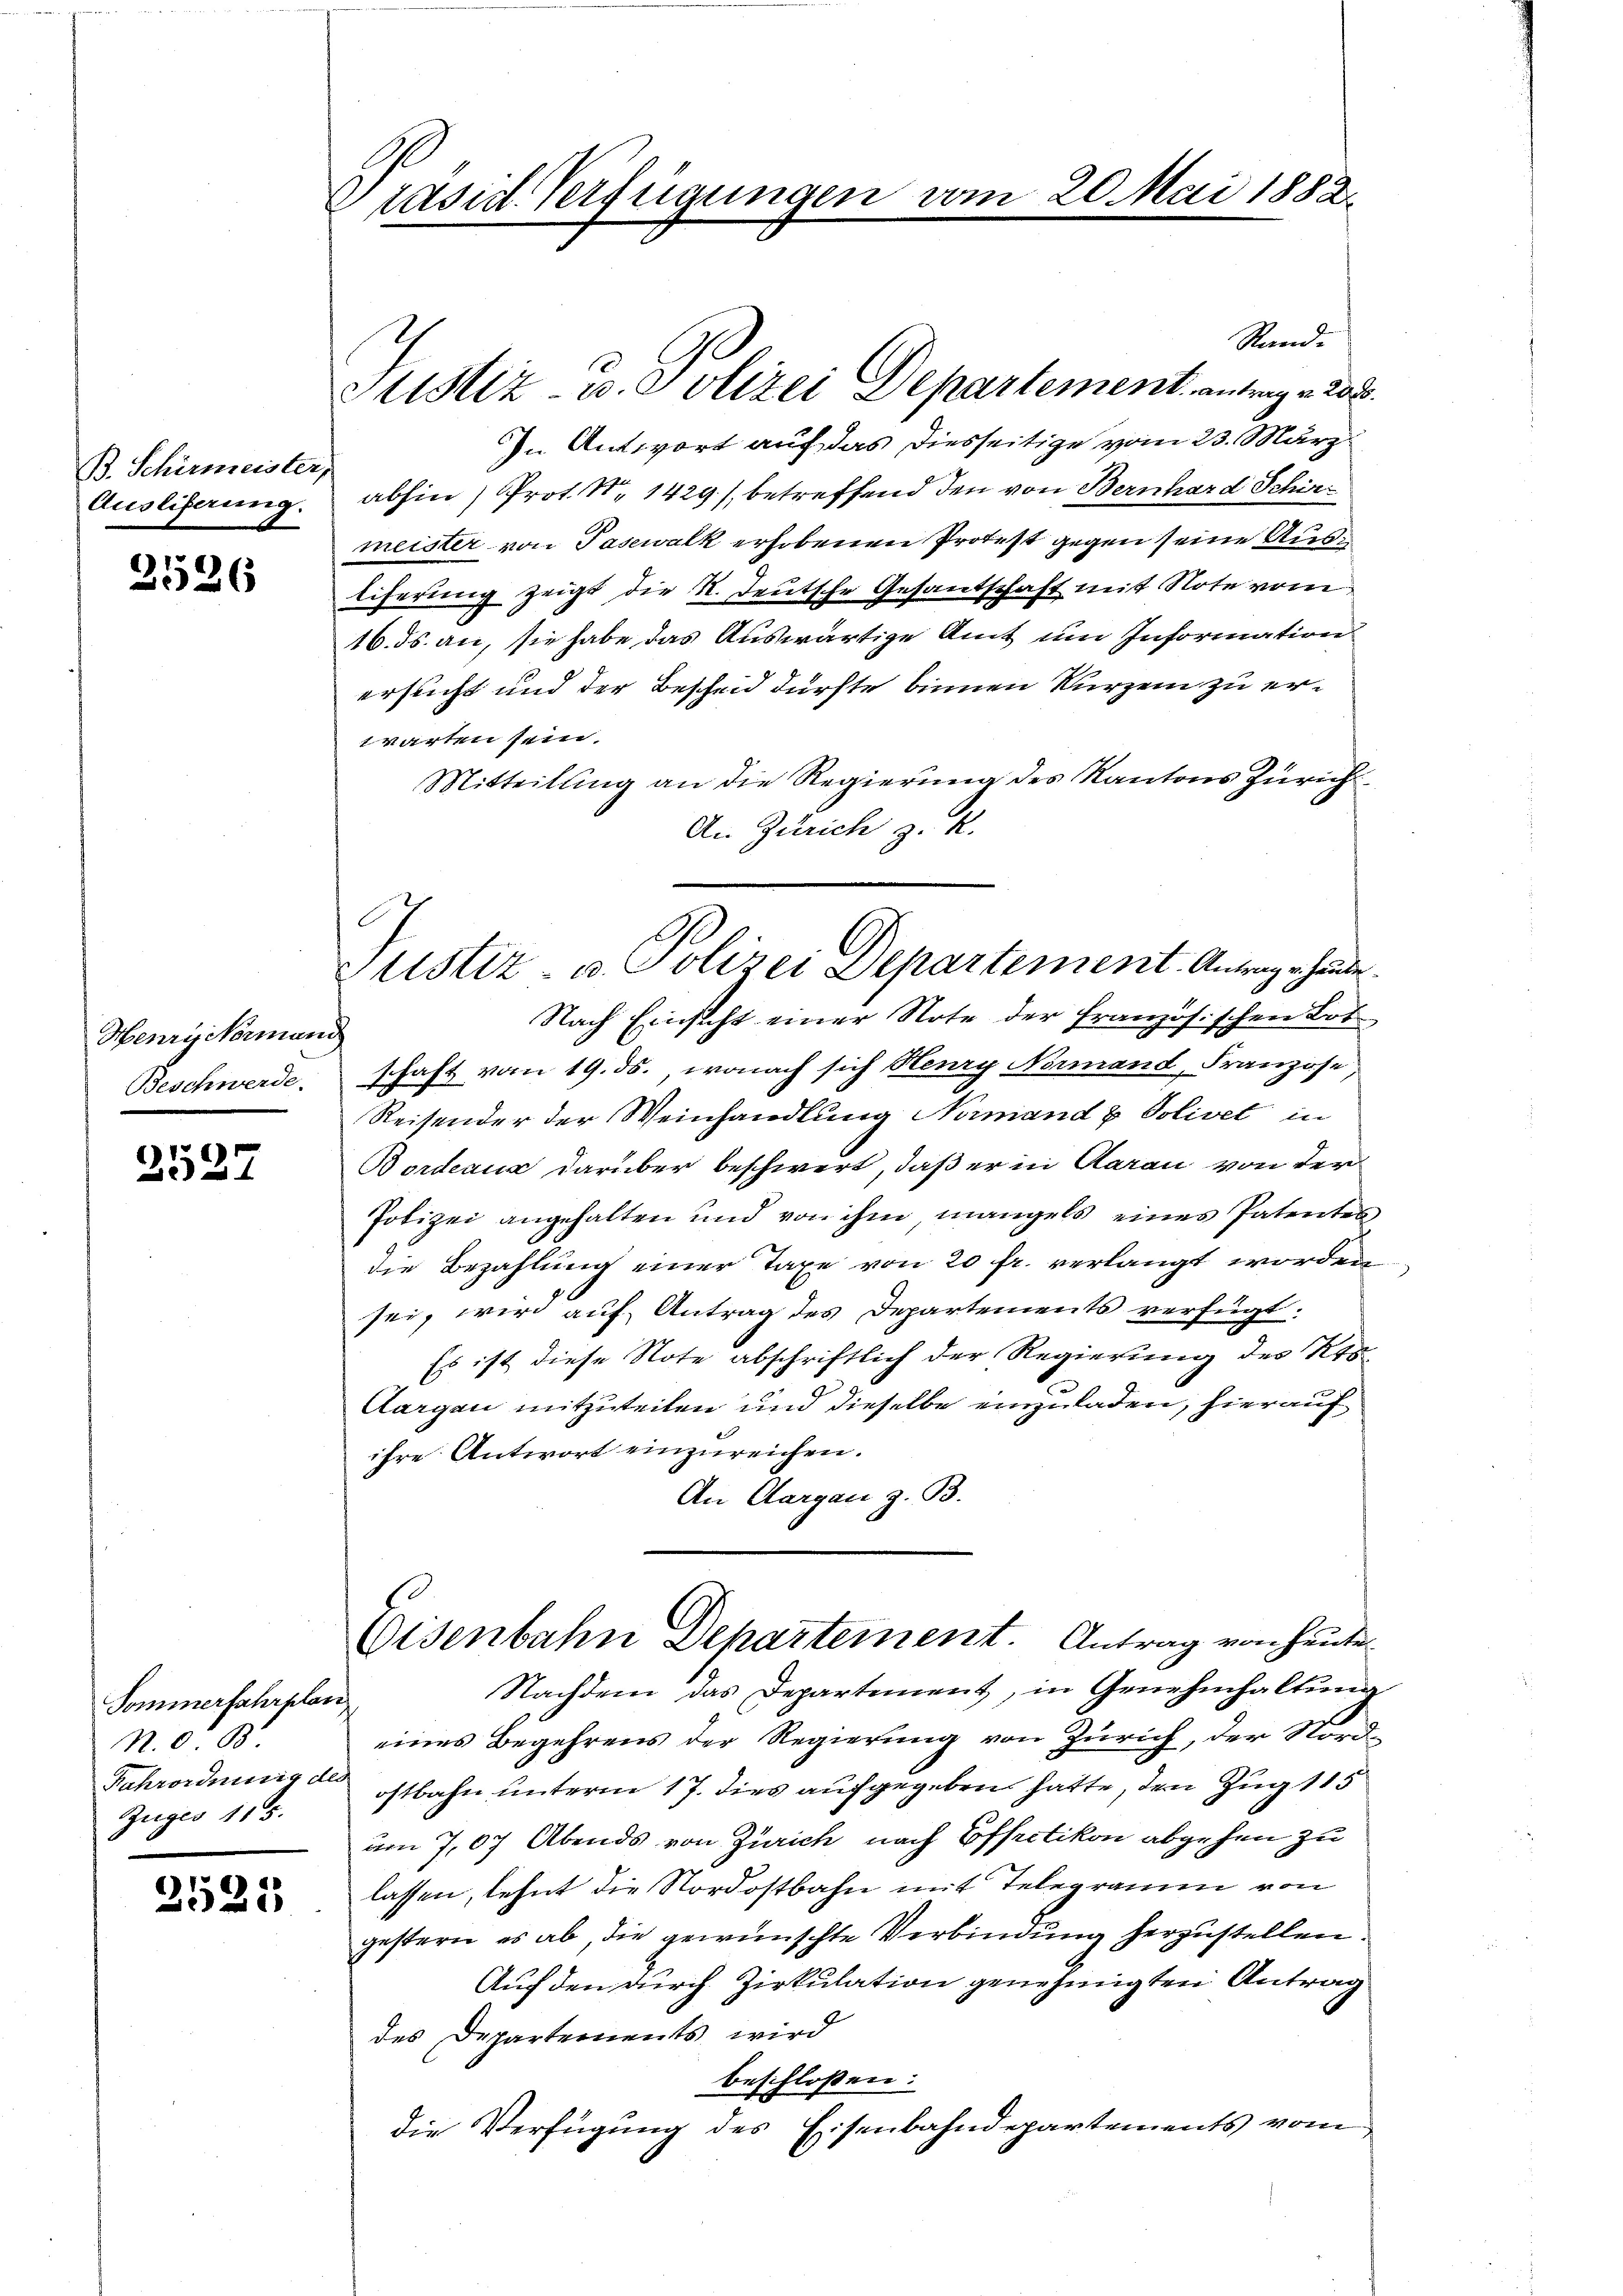
B. Schirmeister,
Ausliferung.

2526

Henryikrmang
Beschwerde.

2527

Sommerfahrplan
N. O. B
Rahrordnung de
Züger 115.

2525

räsid. Verfügungen

Sistiz u. Polizei Departement, antrag u. 208.

Justiz- u. Polizei Departement. Antrage hande

Stand.
In Antwort auf das diesseitige vom 23. März
abhin) Prot. N. 1429), betreffend den von Bernhard Schirmeister von Pasewalk erhobenen Protest gegen seine Ausliferung zeigt die K. Deutsche Gesantschaft mit Note vom
16. ds. an, sie habe das Auswärtige Amt um Information
ersucht und der Bescheid dürfte binnen Kurzem zu erwarten sein.
Mitteilung an die Regierung des Kantons Zürich
An Zürich z. K.
Nach Einsicht einer Note der französischen Lot
schaft vom 19. ds., wonach sich Henry Normand, Franzose,
Reisender der Weinhandlung Normand & Solivet in
Bordeaus darüber beschwert, daß er in Aarau von der
Polizei angehalten und von ihm, mangels eines Patentes
die Bezahlung einer Taxe von 20 fr. verlangt worden
sei, wird auf Antrag des Departements verfügt:
Es ist diese Note abschriftlich der Regierung des Kts.
Aargau mitzuteilen und dieselbe einzuladen, hierauf
ihre Antwort einzureichen.
An Aargau z. B.
Eisenbahn Departement. Antrag von heute¬
Nachdem das Departement, in Genehmhaltung
eines Begehrens der Regierung von Zürich, der Nordostbahn unterm 17. dies aufgegeben hatte, den Zug 115
um 7,07 Abends von Zürich nach Effectikon abgehen zu
lassen, lehnt die Nordostbahn mit Telegramm von
gestern es ab, die gewünschte Verbindung herzustellen.
Auf den durch Zirkulation genehmigten Antrag
des Departements wird
beschlossen:
die Verfügung des Eisenbahndepartements vom

vom 20. Mai 1882.